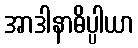
အာဒါနာဓိပ္ပါယာ